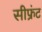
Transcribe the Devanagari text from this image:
सीफ्रंट